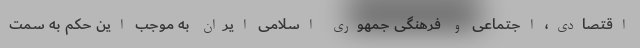
اقتصادی، اجتماعی و فرهنگی جمهوری اسلامی ایران به موجب این حکم به سمت